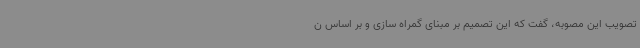
تصویب این مصوبه، گفت که این تصمیم بر مبنای گمراه سازی و بر اساس ن